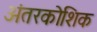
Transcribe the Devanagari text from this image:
अंतरकोशिक